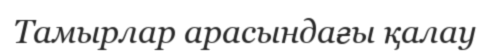
Тамырлар арасындағы қалау